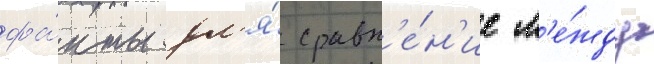
фа́кты дл'я́ сравн'е́н'ие м'е́жду